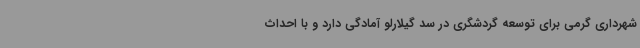
شهرداری گرمی برای توسعه گردشگری در سد گیلارلو آمادگی دارد و با احداث